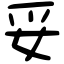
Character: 妥